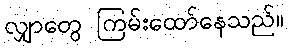
လျှာတွေ ကြမ်းထော်နေသည်။